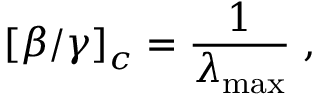
\left[ \beta / \gamma \right] _ { c } = \frac { 1 } { \lambda _ { \operatorname* { m a x } } } \; ,